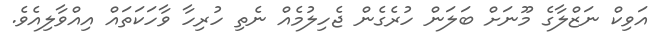
އަވިކް ނަޒްލާގެ މޫނަށް ބަލަން ހުރެގެން ޖެހިލުމެއް ނެތި ހުރިހާ ވާހަކަތައް އިއްވާލިއެވެ.